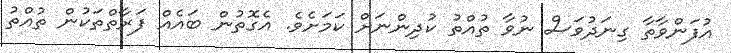
އުފަންވާތާ ގިނަދުވަސް ނުވާ ތުއްތު ކުދިންނަށް ކަމަށެވެ. އެގޮތުން ބައެއް ފަރާތްތަކުން ތުއްތު